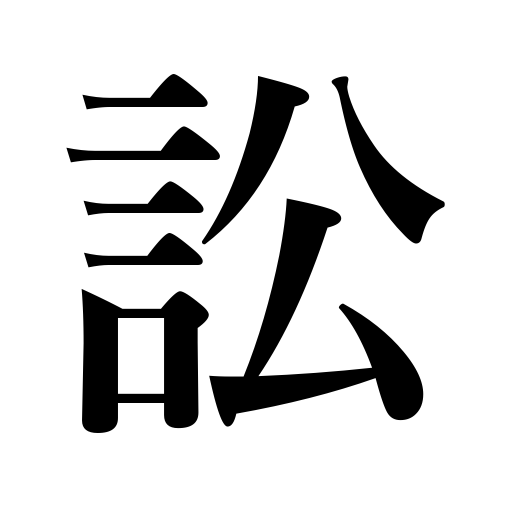
Meanings: accuse